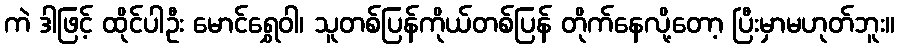
ကဲ ဒါဖြင့် ထိုင်ပါဦး မောင်ရွှေဝါ၊ သူတစ်ပြန်ကိုယ်တစ်ပြန် တိုက်နေလို့တော့ ပြီးမှာမဟုတ်ဘူး။